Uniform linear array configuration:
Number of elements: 64
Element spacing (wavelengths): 1
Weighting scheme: binomial
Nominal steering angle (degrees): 30
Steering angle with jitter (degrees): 29.888
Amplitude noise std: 0.05
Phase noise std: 0.05

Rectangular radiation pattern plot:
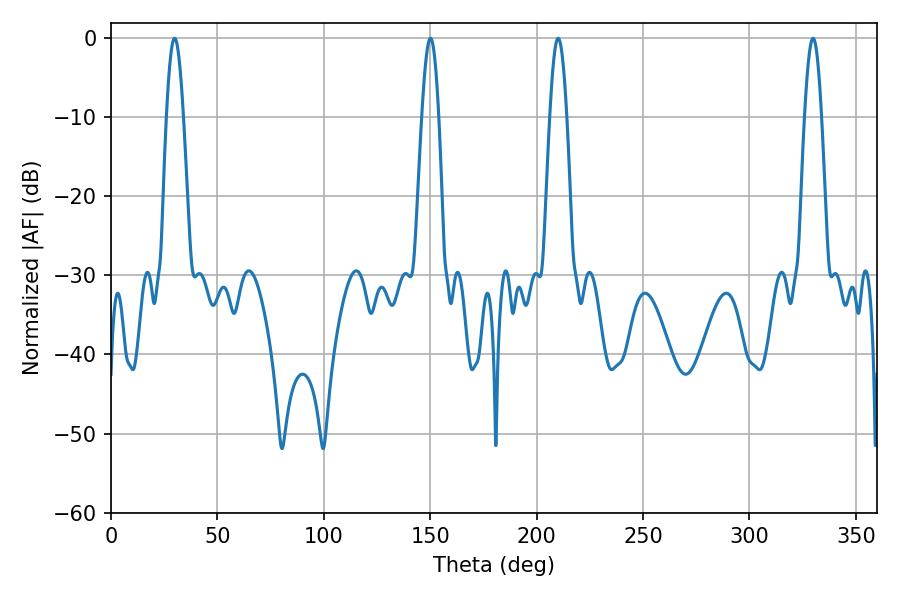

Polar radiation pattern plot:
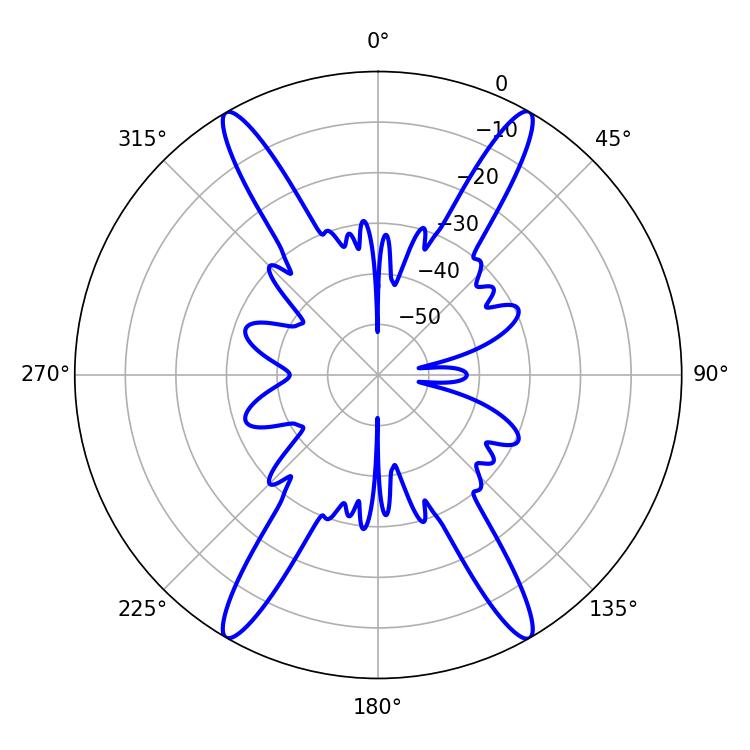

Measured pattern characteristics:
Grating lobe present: TRUE
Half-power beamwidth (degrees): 4.32
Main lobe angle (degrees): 29.88